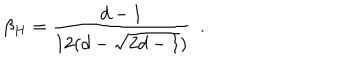
\beta _ { H } = { \frac { d - 1 } { 1 2 ( d - \sqrt { 2 d - 1 } ) } } ~ ~ .